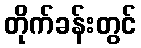
တိုက်ခန်းတွင်